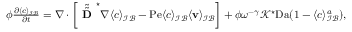
\begin{array} { r l } & { \phi \frac { \partial \langle c \rangle _ { \mathcal { I B } } } { \partial t } = \nabla \cdot \left[ \tilde { \tilde { \textbf { D } } } ^ { \star } \nabla \langle c \rangle _ { \mathcal { I B } } - \mathrm { P e } \langle c \rangle _ { \mathcal { I B } } \langle \mathbf v \rangle _ { \mathcal { I B } } \right] + \phi \omega ^ { - \gamma } \mathcal { K } ^ { \star } \mathrm { D a } ( 1 - \langle c \rangle _ { \mathcal { I B } } ^ { a } ) , } \end{array}